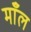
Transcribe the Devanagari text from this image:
माँल